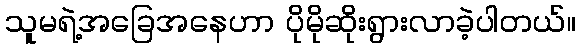
သူမရဲ့အခြေအနေဟာ ပိုမိုဆိုးရွားလာခဲ့ပါတယ်။